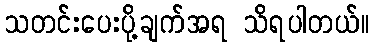
သတင်းပေးပို့ချက်အရ သိရပါတယ်။